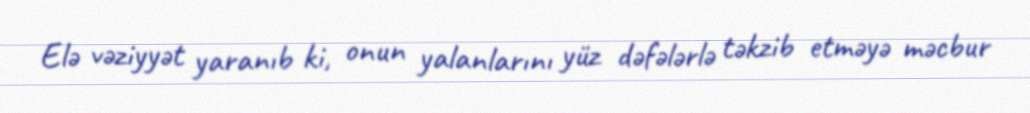
Elə vəziyyət yaranıb ki, onun yalanlarını yüz dəfələrlə təkzib etməyə məcbur